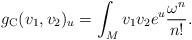
LaTeX: \begin{align*} g_\textup{C}(v_1, v_2)_u = \int_M v_1 v_2 e^u \frac{\omega^{n}}{n!}.\end{align*}